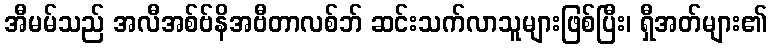
အီမမ်သည် အလီအစ်ဗ်နိအဗီတာလစ်ဘ် ဆင်းသက်လာသူများဖြစ်ပြီး၊ ရှီအတ်များ၏